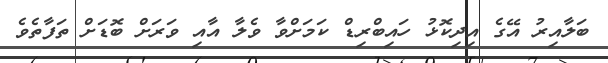
ބަލާއިރު އޭގެ އިދިކޮޅު ހައިބްރިޑް ކަމަށްވާ ވެލާ އާއި ވަރަށް ބޮޑަށް ތަފާތެވެ